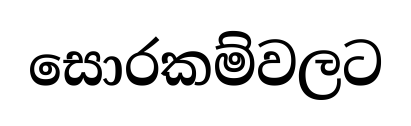
සොරකම්වලට